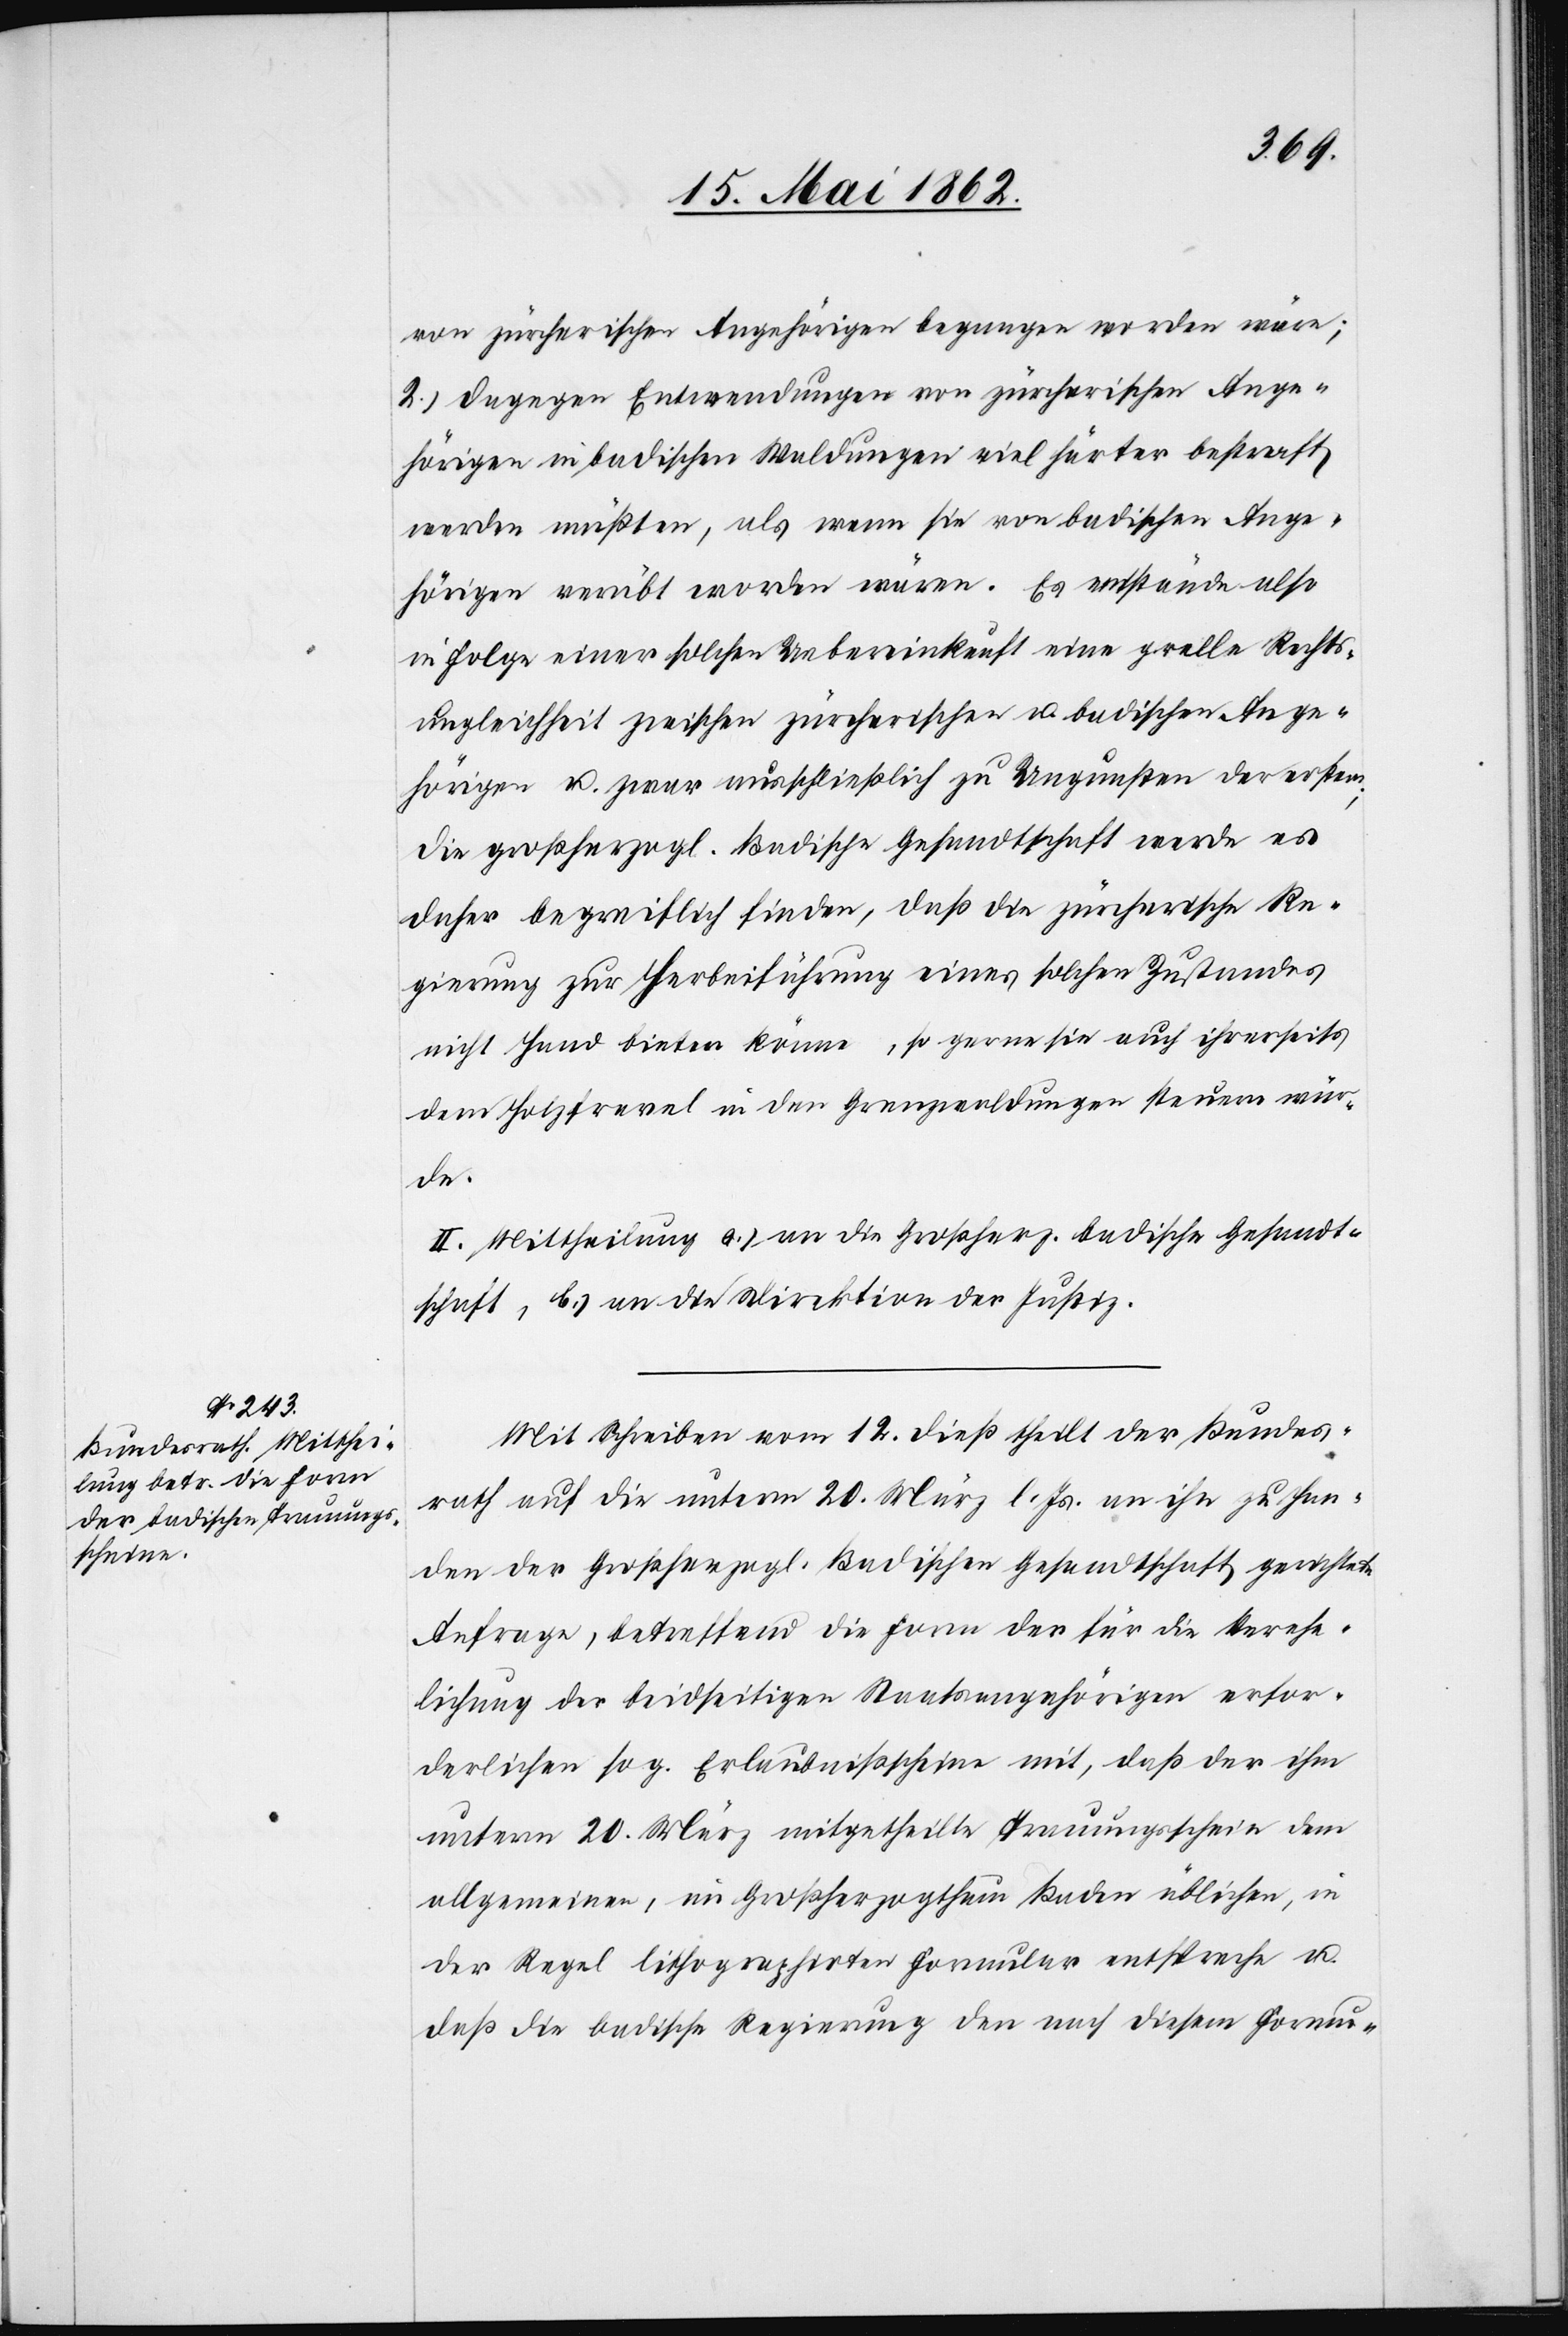
von zürcherischen Angehörigen begangen worden wäre;
2) Dagegen Entwendungen von zürcherischen Ange¬
hörigen in badischen Waldungen viel härter bestraft
werden müßten, als wenn sie von badischen Ange¬
hörigen verübt worden wären. Es entstände also
in Folge einer solchen Uebereinkunft eine grelle Rechts¬
ungleichheit zwischen zürcherischen u. badischen Ange¬
hörigen u. zwar ausschließlich zu Ungunsten der erstern;
Die Großherzogl. Badische Gesandtschaft werde es
daher begreiflich finden, daß die zürcherische Re¬
gierung zur Herbeführung eines solchen Zustandes
nicht Hand bieten könne, so gerne sie auch ihrerseits
dem Holzfrevel in den Grenzwaldungen steuern wür¬
de.
II. Mittheilung a) an die Großherz. badische Gesandt¬
schaft, b) an die Direktion der Justiz.
Mit Schreiben vom 12. dieß theilt der Bundes¬
rath auf die unterm 20. März l. Js. an ihn zu Han¬
den der Großherzogl. Badischen Gesandtschaft gerichtete
Anfrage, betreffend die Form der für die Verehe¬
lichung der beidseitigen Staatsangehörigen erfor¬
derlichen sog. Erlaubnißscheine mit, daß der ihm
unterm 20. März mitgetheilte Trauungsscheine dem
allgemeinen, im Großherzogthum Baden üblichen, in
der Regel lithographirten Formular entspreche u.
daß die badische Regierung den nach diesem Formu-